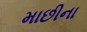
માછીના